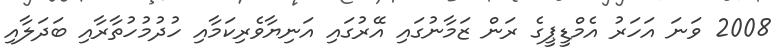
2008 ވަނަ އަހަރު އެމްޑީޕީގެ ރަން ޒަމާނުގައި އޭރުގައި އަނިޔާވެރިކަމާއި ހުދުމުހުތާރާއި ބަދަލާއި